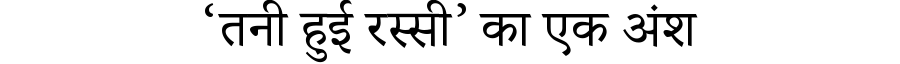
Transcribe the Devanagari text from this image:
‘तनी हुई रस्सी’ का एक अंश